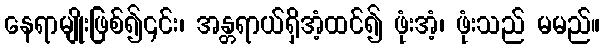
နေရာမျိုးဖြစ်၍၎င်း၊ အန္တရာယ်ရှိအံ့ထင်၍ ဖုံးအံ့၊ ဖုံးသည် မမည်။